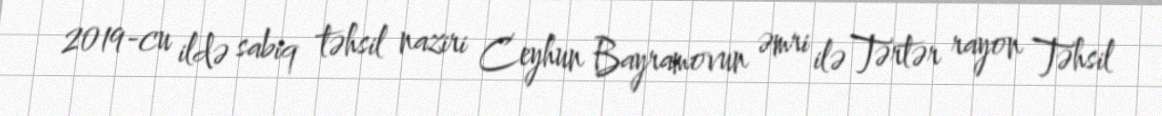
2019-cu ildə sabiq təhsil naziri Ceyhun Bayramovun əmri ilə Tərtər rayon Təhsil